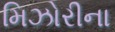
મિઝોરીના